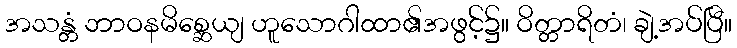
အသန္တံ ဘာဝနမိစ္ဆေယျ ဟူသောဂါထာ၏အဖွင့်၌။ ဝိတ္တာရိတံ၊ ချဲ့အပ်ပြီ။